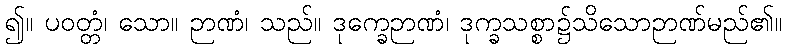
၍။ ပဝတ္တံ၊ သော။ ဉာဏံ၊ သည်။ ဒုက္ခေဉာဏံ၊ ဒုက္ခသစ္စာ၌သိသောဉာဏ်မည်၏။